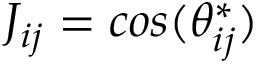
J _ { i j } = c o s ( \theta _ { i j } ^ { * } )